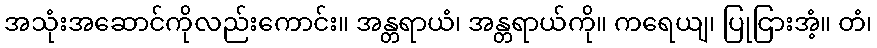
အသုံးအဆောင်ကိုလည်းကောင်း။ အန္တရာယံ၊ အန္တရာယ်ကို။ ကရေယျ၊ ပြုငြားအံ့။ တံ၊